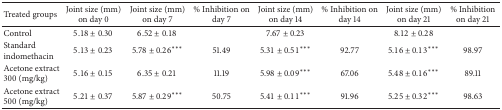
<table><thead><tr><td><b>Treated groups</b></td><td><b>Joint size (mm) on day 0 </b></td><td><b>Joint size (mm) on day 7</b></td><td><b>% Inhibition on day 7</b></td><td><b>Joint size (mm) on day 14</b></td><td><b>% Inhibition on day 14</b></td><td><b>Joint size (mm) on day 21</b></td><td><b>% Inhibition on day 21</b></td></tr></thead><tbody><tr><td>Control</td><td>5.18 ± 0.30</td><td>6.52 ± 0.18</td><td> </td><td>7.67 ± 0.23</td><td> </td><td>8.12 ± 0.28</td><td> </td></tr><tr><td>Standard indomethacin</td><td>5.13 ± 0.23</td><td>5.78 ± 0.26***</td><td>51.49</td><td>5.31 ± 0.51***</td><td>92.77</td><td>5.16 ± 0.13***</td><td>98.97</td></tr><tr><td>Acetone extract 300 (mg/kg)</td><td>5.16 ± 0.15</td><td>6.35 ± 0.21</td><td>11.19</td><td>5.98 ± 0.09***</td><td>67.06</td><td>5.48 ± 0.16***</td><td>89.11</td></tr><tr><td>Acetone extract 500 (mg/kg)</td><td>5.21 ± 0.37</td><td>5.87 ± 0.29***</td><td>50.75</td><td>5.41 ± 0.11***</td><td>91.96</td><td>5.25 ± 0.32***</td><td>98.63</td></tr></tbody></table>